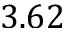
3 . 6 2